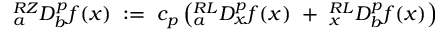
{ } _ { a } ^ { R Z } D _ { b } ^ { p } f ( x ) ~ : = ~ c _ { p } \left( { } _ { a } ^ { R L } D _ { x } ^ { p } f ( x ) ~ + ~ { } _ { x } ^ { R L } D _ { b } ^ { p } f ( x ) \right)